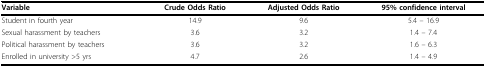
| Variable | Crude Odds Ratio | Adjusted Odds Ratio | 95% confidence interval |
 | --- | --- | --- | --- |
 | Student in fourth year | 14.9 | 9.6 | 5.4 – 16.9 |
 | Sexual harassment by teachers | 3.6 | 3.2 | 1.4 – 7.4 |
 | Political harassment by teachers | 3.6 | 3.2 | 1.6 – 6.3 |
 | Enrolled in university >5 yrs | 4.7 | 2.6 | 1.4 – 4.9 |